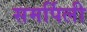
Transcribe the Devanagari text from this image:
समर्पिली